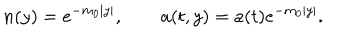
n ( y ) = e ^ { - m _ { 0 } | y | } , a ( t , y ) = a ( t ) e ^ { - m _ { 0 } | y | } .